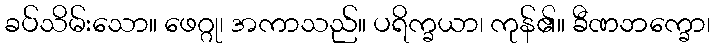
ခပ်သိမ်းသော။ ဖေဂ္ဂု၊ အကာသည်။ ပရိက္ခယာ၊ ကုန်၏။ ခီဏဘက္ခော၊